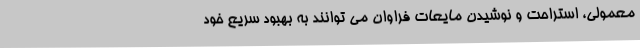
معمولی، استراحت و نوشیدن مایعات فراوان می توانند به بهبود سریع خود